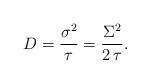
LaTeX: \begin{align*}D = \frac{\sigma^2}{\tau} = \frac{\Sigma^2}{2\,\tau}.\end{align*}